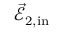
\vec { \mathcal { E } } _ { 2 , \mathrm { i n } }